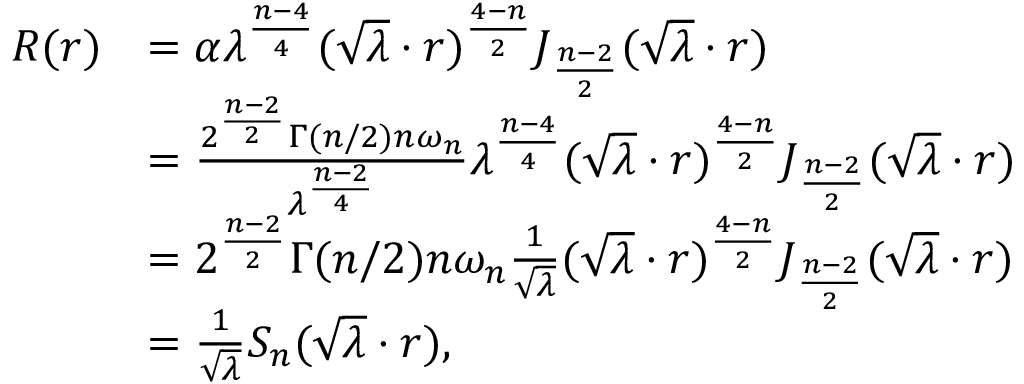
\begin{array} { r l } { R ( r ) } & { = \alpha \lambda ^ { \frac { n - 4 } { 4 } } ( \sqrt { \lambda } \cdot r ) ^ { \frac { 4 - n } { 2 } } J _ { \frac { n - 2 } { 2 } } ( \sqrt { \lambda } \cdot r ) } \\ & { = \frac { 2 ^ { \frac { n - 2 } { 2 } } \Gamma ( n / 2 ) n \omega _ { n } } { \lambda ^ { \frac { n - 2 } { 4 } } } \lambda ^ { \frac { n - 4 } { 4 } } ( \sqrt { \lambda } \cdot r ) ^ { \frac { 4 - n } { 2 } } J _ { \frac { n - 2 } { 2 } } ( \sqrt { \lambda } \cdot r ) } \\ & { = 2 ^ { \frac { n - 2 } { 2 } } \Gamma ( n / 2 ) n \omega _ { n } \frac { 1 } { \sqrt { \lambda } } ( \sqrt { \lambda } \cdot r ) ^ { \frac { 4 - n } { 2 } } J _ { \frac { n - 2 } { 2 } } ( \sqrt { \lambda } \cdot r ) } \\ & { = \frac { 1 } { \sqrt { \lambda } } S _ { n } ( \sqrt { \lambda } \cdot r ) , } \end{array}